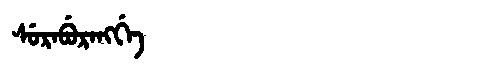
Manchu: ᠰᡠᡵᠠᠪᡠᡵᠠᠩᡤᡝ
Romanization: SURABURANGGE